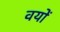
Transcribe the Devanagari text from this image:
वयों